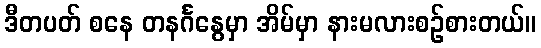
ဒီတပတ် စနေ တနင်္ဂနွေမှာ အိမ်မှာ နားမလားစဉ်စားတယ်။